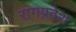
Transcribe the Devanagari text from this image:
रागप्रवेश